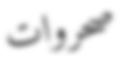
صحروات